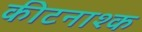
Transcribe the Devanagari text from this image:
कीटनाश्क